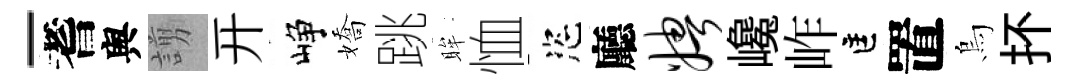
-耆舆謭开峥嬌跳眸恤恣廳娉巉岞匡置烏抔